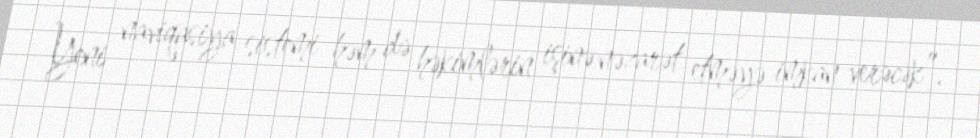
Yeni naviqasiya sistemi həm də həkimlərin işinə nəzarət etməyə imkan verəcək”.